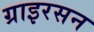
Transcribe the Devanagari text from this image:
ग्राइरसन